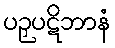
ပဉှပဋိဘာနံ